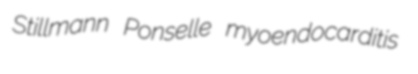
Stillmann Ponselle myoendocarditis